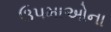
ઉપમાઓના